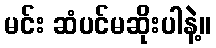
မင်း ဆံပင်မဆိုးပါနဲ့။